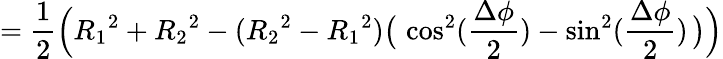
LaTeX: =\frac{1}{2}\Big({R_{1}}^{2}+{R_{2}}^{2}-({R_{2}}^{2}-{R_{1}}^{2})\big(\, \cos^{2}(\frac{\Delta\phi}{2})-\sin^{2}(\frac{\Delta\phi}{2})\, \big)\Big)